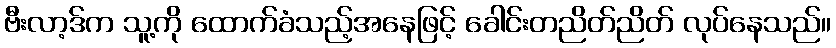
ဗီးလာ့ဒ်က သူ့ကို ထောက်ခံသည့်အနေဖြင့် ခေါင်းတညိတ်ညိတ် လုပ်နေသည်။